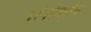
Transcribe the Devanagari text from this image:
परंपरेतलेच